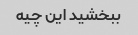
ببخشید این چیه